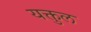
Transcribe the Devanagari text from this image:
यक्तुल